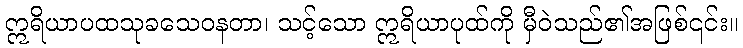
ဣရိယာပထသုခသေဝနတာ၊ သင့်သော ဣရိယာပုထ်ကို မှီဝဲသည်၏အဖြစ်၎င်း။